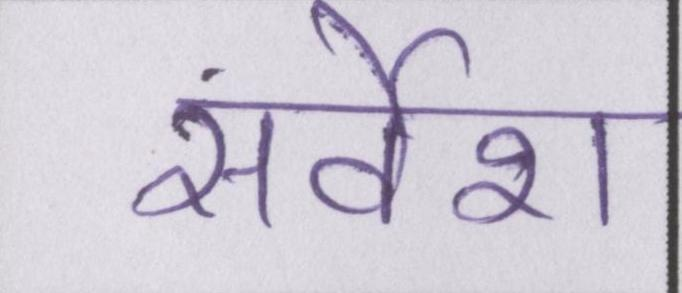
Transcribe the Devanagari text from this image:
सर्वेश